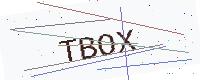
Text: TBOX